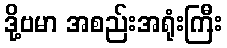
ဒို့ဗမာ အစည်းအရုံးကြီး